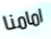
امامنا